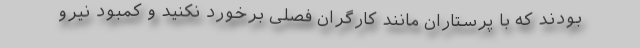
بودند که با پرستاران مانند کارگران فصلی برخورد نکنید و کمبود نیرو